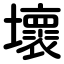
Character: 壞